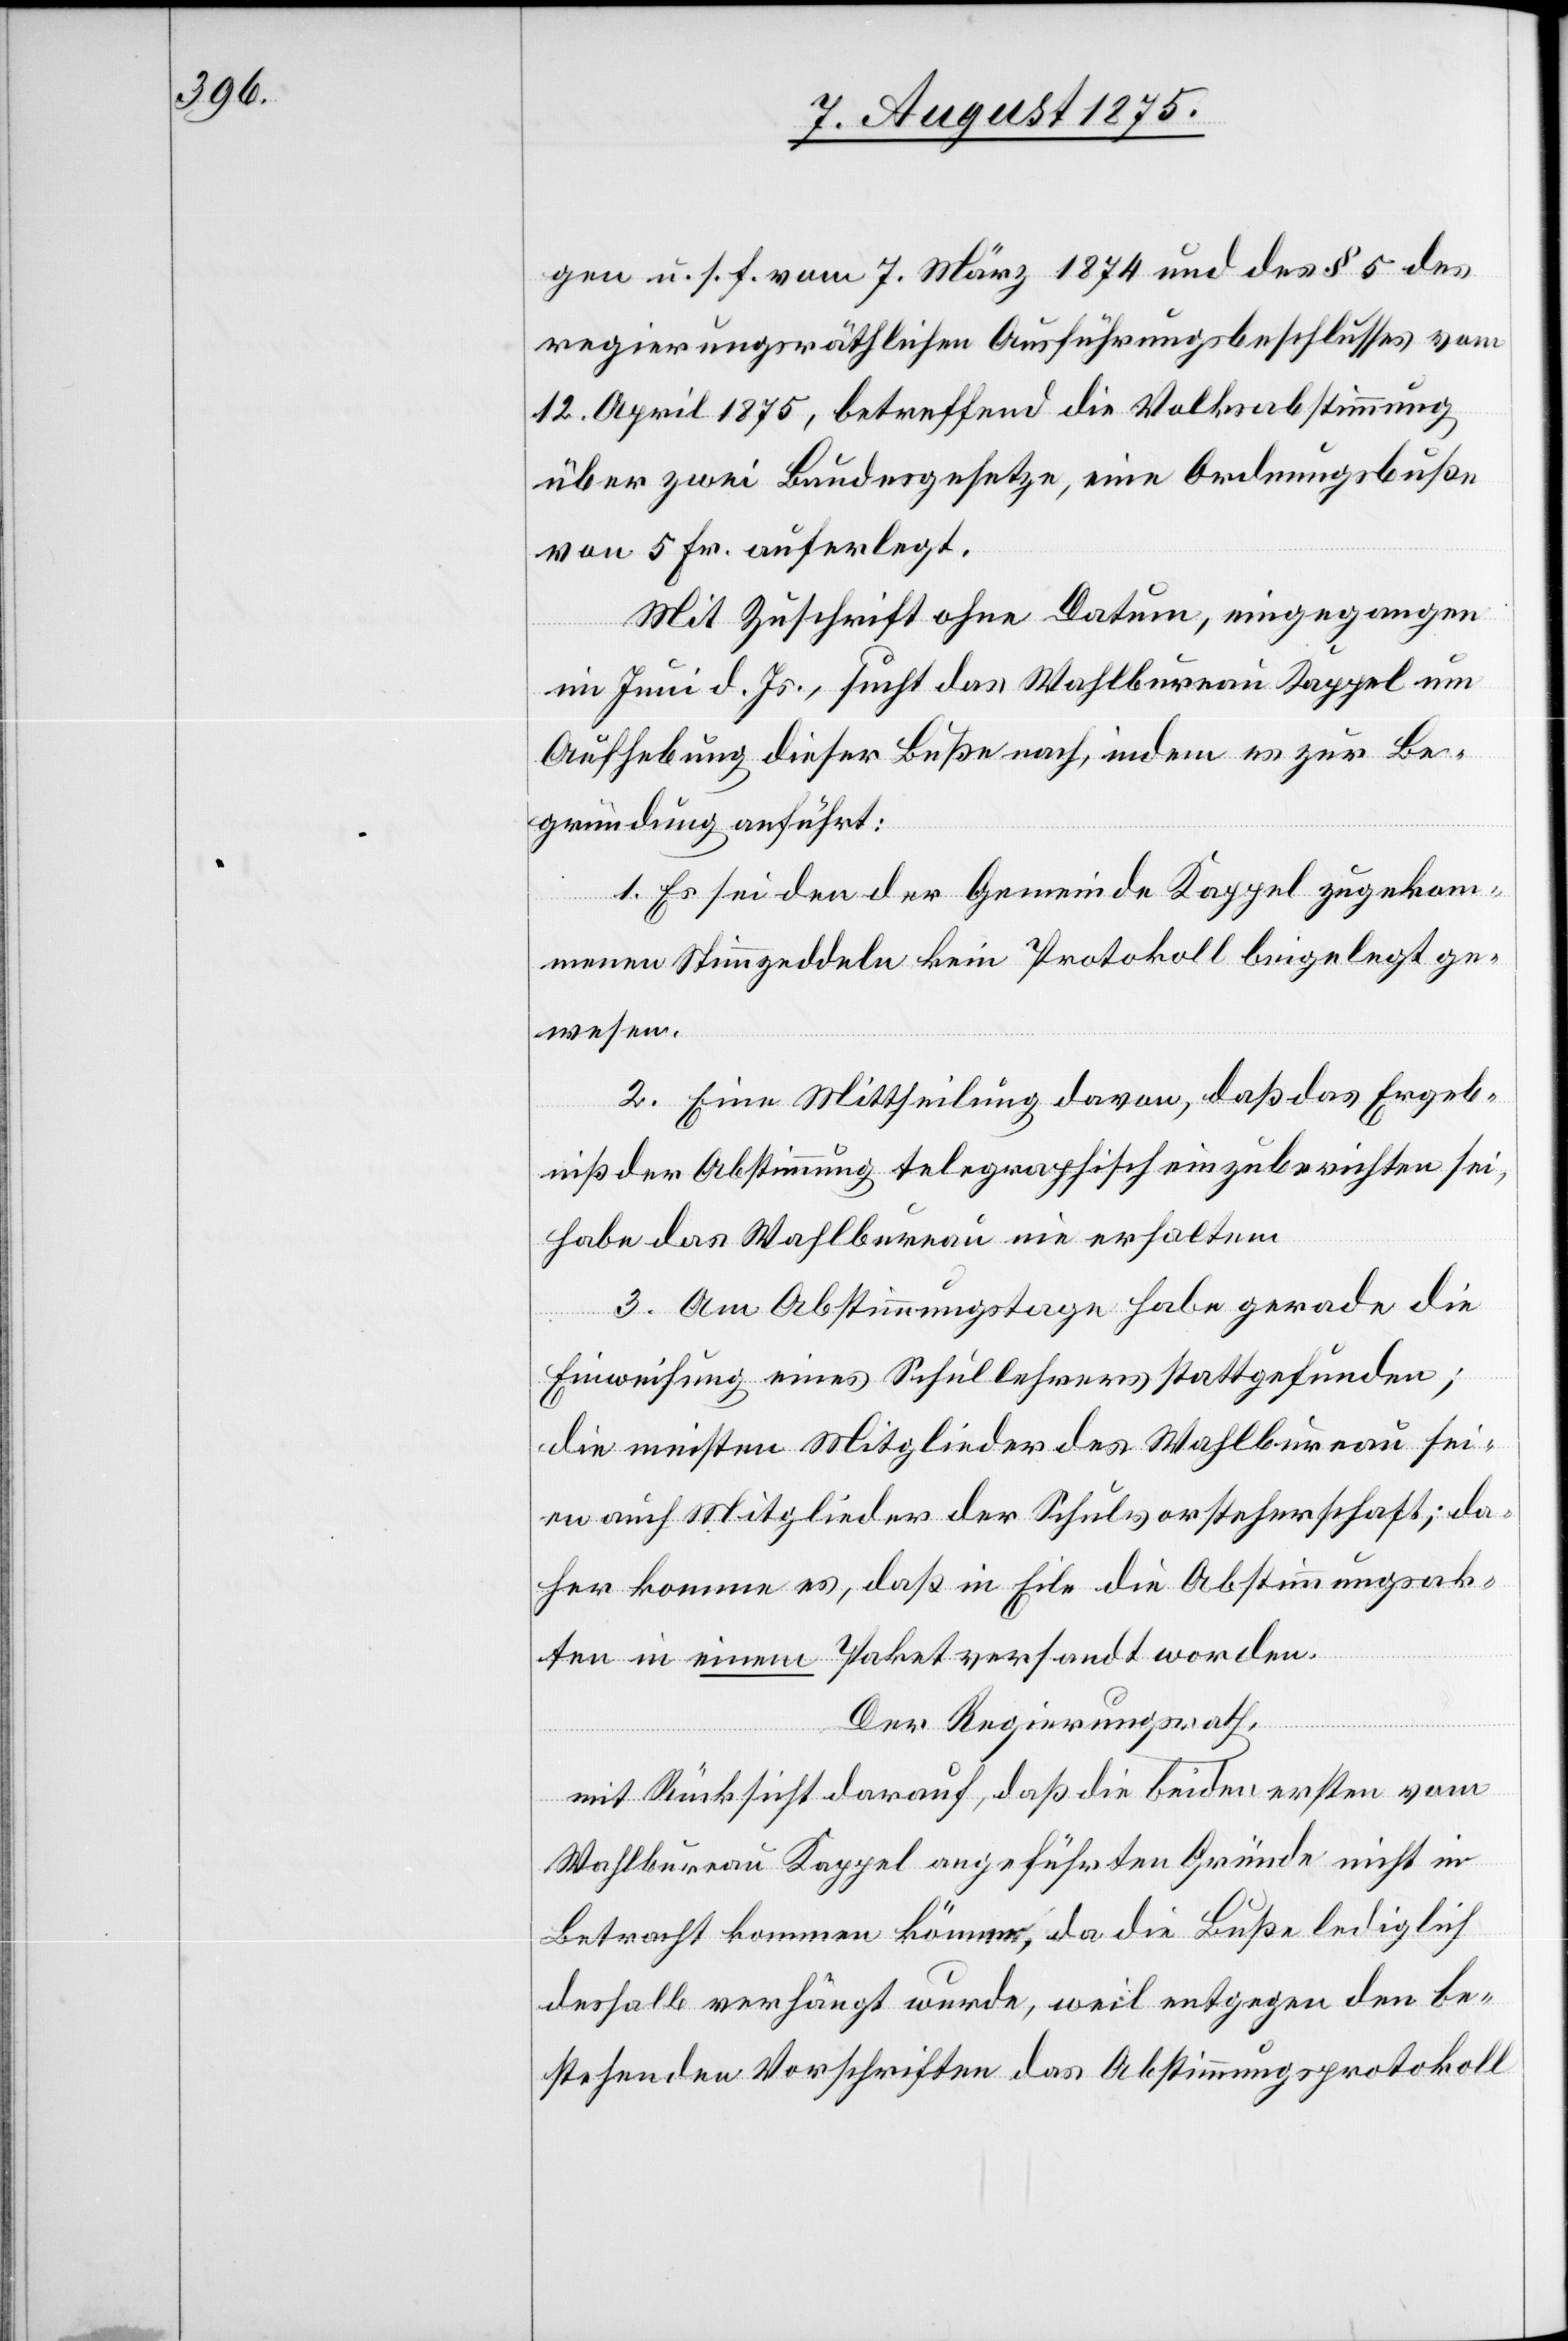
gen u. s. f. vom 7. März 1874 des § 5 des
regierungsräthlichen Ausführungsbeschlusses vom
12. April 1875, betreffend die Volksabstimmung
über zwei Bundesgesetze, eine Ordnungsbuße
von 5 Fr. auferlegt.
Mit Zuschrift ohne Datum, eingegangen
im Juni d. Js., sucht das Wahlbureau Kappel um
Aufhebung dieser Buße nach, indem es zur Be¬
gründung anführt:
1. Es sei den der Gemeinde Kappel zugekom¬
menen Stimmzeddeln kein Protokoll beigelegt ge¬
wesen.
2. Eine Mittheilung davon, daß das Ergeb¬
niß der Abstimmung telegraphisch einzuberichten sei,
habe das Wahlbureau nie erhaltem
3. Am Abstimmungstage habe gerade die
Einweisung eines Schullehrers stattgefunden;
die meisten Mitglieder des Wahlbureau sei¬
en auch Mitglieder der Schulvorsteherschaft; da¬
her komme es, daß in Eile die Abstimmungsak¬
ten in einem Paket versandt worden
Der Regierungsrath,
mit Rücksicht darauf, daß die beiden ersten vom
Wahlbureau Kappel angeführten Gründe nicht in
Betracht kommen können, da die Buße lediglich
deshalb verhängt wurde, weil entgegen den be¬
stehenden Vorschriften das Abstimmungsprotokoll